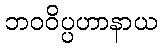
ဘဝဝိပ္ပဟာနာယ